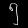
Digit: ၅